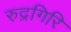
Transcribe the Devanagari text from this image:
रुद्रगिरि